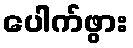
ပေါက်ဖွား